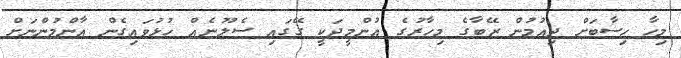
މިހާ ހިސާބަށް ދިއުމުން ޒޭބާގެ މިހާރުގެ އުންމީދަކީ ގޭގައި ސެލޫނެއް ހުޅުވައިގެން އާންމުންނަށް